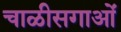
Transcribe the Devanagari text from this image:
चाळीसगाओं